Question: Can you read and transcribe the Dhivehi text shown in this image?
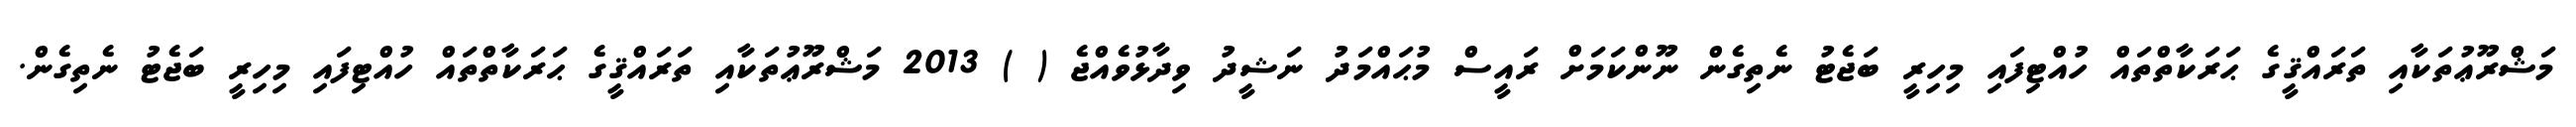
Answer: މަޝްރޫޢުތަކާއި ތަރައްޤީގެ ޙަރަކާތްތައް ހުއްޓިފައި މިހިރީ ބަޖެޓު ނެތިގެން ނޫންކަމަށް ރައީސް މުޙައްމަދު ނަޝީދު ވިދާޅުވެއްޖެ ( ) 2013 މަޝްރޫޢުތަކާއި ތަރައްޤީގެ ޙަރަކާތްތައް ހުއްޓިފައި މިހިރީ ބަޖެޓު ނެތިގެން.